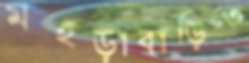
মহড়াবাড়িতে